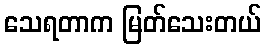
သေရတာက မြတ်သေးတယ်